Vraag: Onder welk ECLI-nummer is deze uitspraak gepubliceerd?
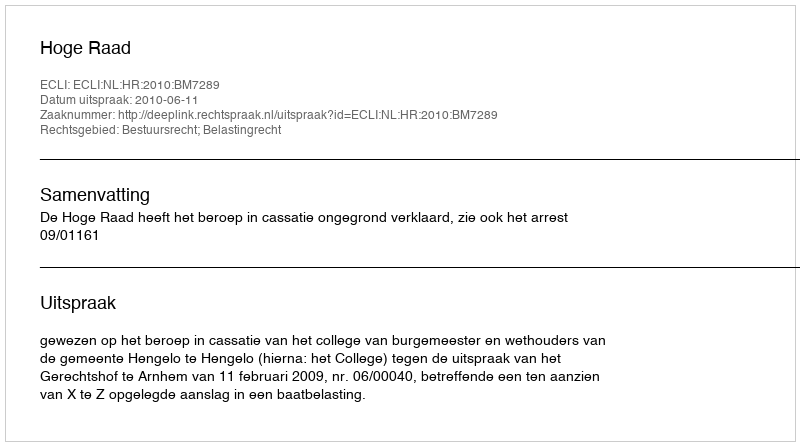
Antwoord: ECLI:NL:HR:2010:BM7289